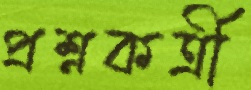
প্রশ্নকর্ত্রী